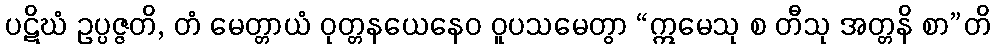
ပဋိဃံ ဥပ္ပဇ္ဇတိ, တံ မေတ္တာယံ ဝုတ္တနယေနေဝ ဝူပသမေတွာ “ဣမေသု စ တီသု အတ္တနိ စာ”တိ